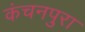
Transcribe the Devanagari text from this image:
कंचनपुरा